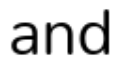
and